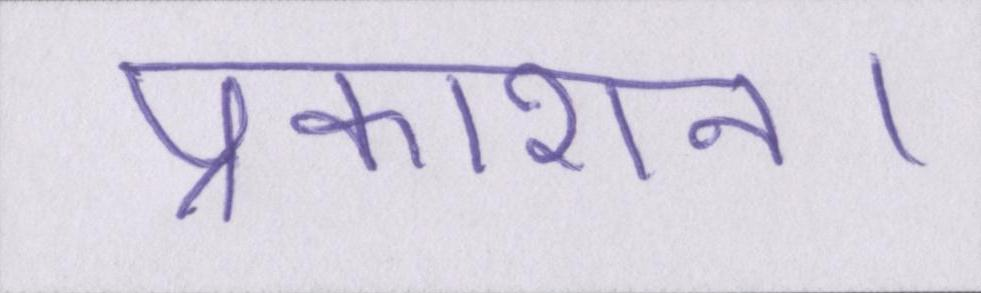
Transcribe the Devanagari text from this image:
प्रकाशन।